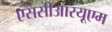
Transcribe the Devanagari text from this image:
एससीआरयूएम